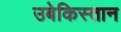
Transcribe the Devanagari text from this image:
उबेकिस्तान